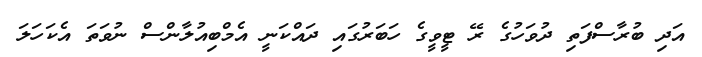
އަދި ބުރާސްފަތި ދުވަހުގެ ރޭ ޓީވީގެ ހަބަރުގައި ދައްކަނީ އެމްބިއުލާންސް ނުވަތަ އެކަހަލަ